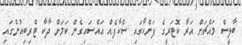
ބާލީސް މައްޗަށް އަރާ ކޮޓަރީގެ ފަންކާގައި ސްކާފެއް އައްސައިގެން ކަމަށް ދާކާ ޓްރިބިއުންގައި